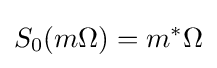
S_{0}(m\Omega )=m^{*}\Omega